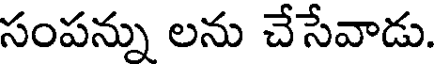
సంపన్ను లను చేసేవాడు.